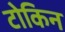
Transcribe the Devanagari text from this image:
टोकिन